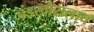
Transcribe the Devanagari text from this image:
बंडखोरालाच